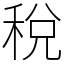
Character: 稅